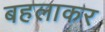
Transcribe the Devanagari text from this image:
बहलाकर